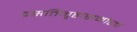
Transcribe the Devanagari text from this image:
वसतिगृहासमोरच